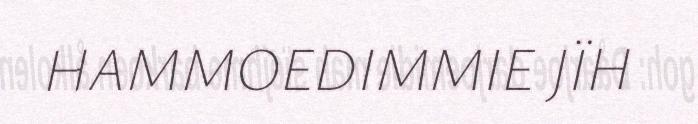
HAMMOEDIMMIE JÏH